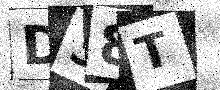
Text: D38T